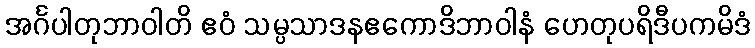
အင်္ဂပါတုဘာဝါတိ ဧဝံ သမ္ပသာဒနဧကောဒိဘာဝါနံ ဟေတုပရိဒီပကမိဒံ